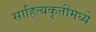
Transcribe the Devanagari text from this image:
साहित्यकृतींमध्ये